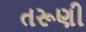
તરૂણી